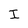
Character: I